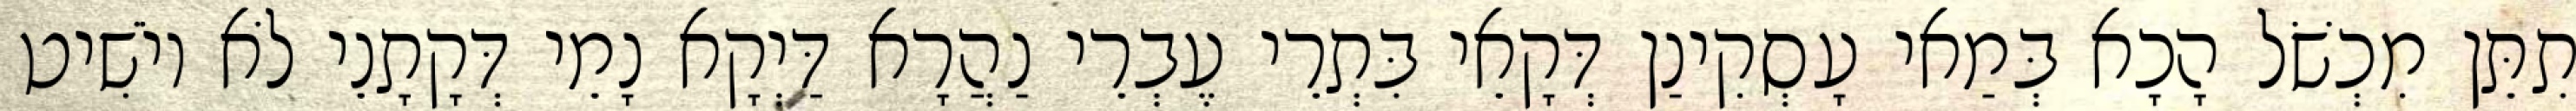
תִתֵּן מִכְשֹׁל הָכָא בְּמַאי עָסְקִינַן דְּקָאֵי בִּתְרֵי עֶבְרֵי נַהֲרָא דַּיְקָא נָמֵי דְּקָתָנֵי לֹא יוֹשִׁיט